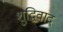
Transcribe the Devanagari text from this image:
शुद्धिवाद